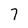
Character: 7